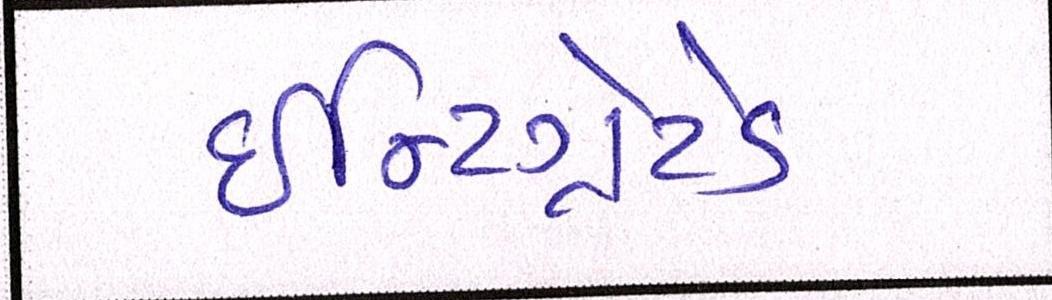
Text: ઇન્ટિગ્રેટેડ